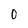
Character: O